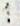
1